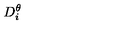
D _ { i } ^ { \theta }